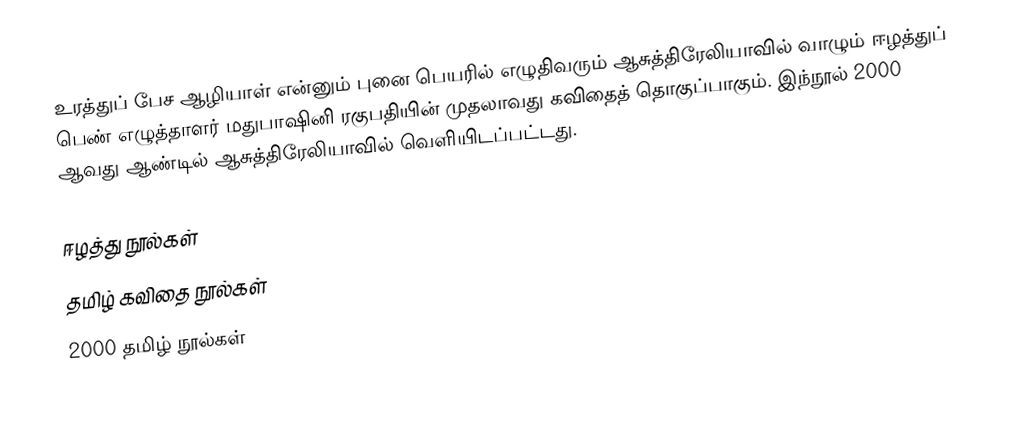
உரத்துப் பேச ஆழியாள் என்னும் புனை பெயரில் எழுதிவரும் ஆசுத்திரேலியாவில் வாழும் ஈழத்துப் பெண் எழுத்தாளர் மதுபாஷினி ரகுபதியின் முதலாவது கவிதைத் தொகுப்பாகும். இந்நூல் 2000 ஆவது ஆண்டில் ஆசுத்திரேலியாவில் வெளியிடப்பட்டது.

ஈழத்து நூல்கள்
தமிழ் கவிதை நூல்கள்
2000 தமிழ் நூல்கள்